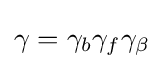
\gamma =\gamma _{b}\gamma _{f}\gamma _{\beta }